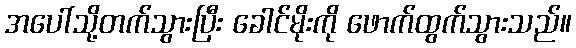
အပေါ်သို့တက်သွားပြီး ခေါင်မိုးကို ဖောက်ထွက်သွားသည်။